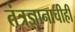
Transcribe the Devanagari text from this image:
तंत्रज्ञानाचीही